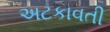
અટકાવતી